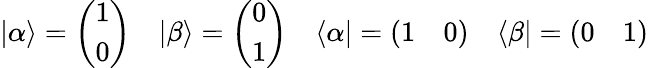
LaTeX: |\alpha\rangle=\left(\begin{array}{l}{1}\\ {0}\end{array}\right)\quad|\beta\rangle=\left(\begin{array}{l}{0}\\ {1}\end{array}\right)\quad\langle\alpha|=\left(\begin{array}{ll}{1}&{0}\end{array}\right)\quad\langle\beta|=\left(\begin{array}{ll}{0}&{1}\end{array}\right)